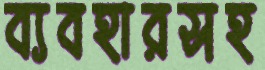
ব্যবহারসহ